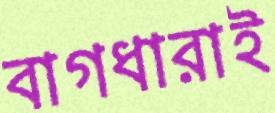
বাগধারাই